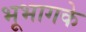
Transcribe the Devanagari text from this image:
भूभागके